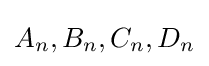
A_{n},B_{n},C_{n},D_{n}